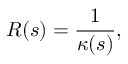
R ( s ) = { \frac { 1 } { \kappa ( s ) } } ,